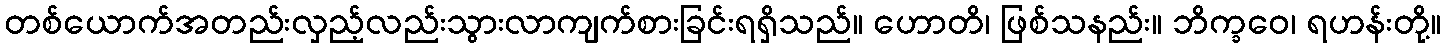
တစ်ယောက်အတည်းလှည့်လည်းသွားလာကျက်စားခြင်းရရှိသည်။ ဟောတိ၊ ဖြစ်သနည်း။ ဘိက္ခဝေ၊ ရဟန်းတို့။